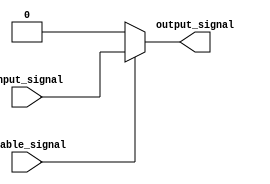
module buffer_with_enable (
    input wire input_signal,
    input wire enable_signal,
    output reg output_signal
);

always @ (input_signal, enable_signal)
begin
    if (enable_signal)
        output_signal = input_signal;
    else
        output_signal = 1'b0; //logic low state
end

endmodule